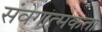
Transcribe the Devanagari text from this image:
संवेगात्मकता